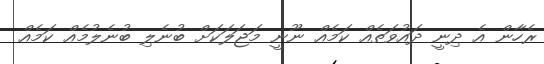
ރެހާން އެ ދިނީ ދައުވަތެއް ކަމެއް ނޫނީ މަޖަލަކަށް ބުނެލި ބުނެލުމެއް ކަމެއް